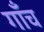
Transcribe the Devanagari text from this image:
गाँच